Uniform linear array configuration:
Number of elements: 12
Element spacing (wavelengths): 1
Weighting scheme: blackman
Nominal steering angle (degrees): -60
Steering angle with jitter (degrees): -59.57
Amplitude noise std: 0.05
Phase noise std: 0.05

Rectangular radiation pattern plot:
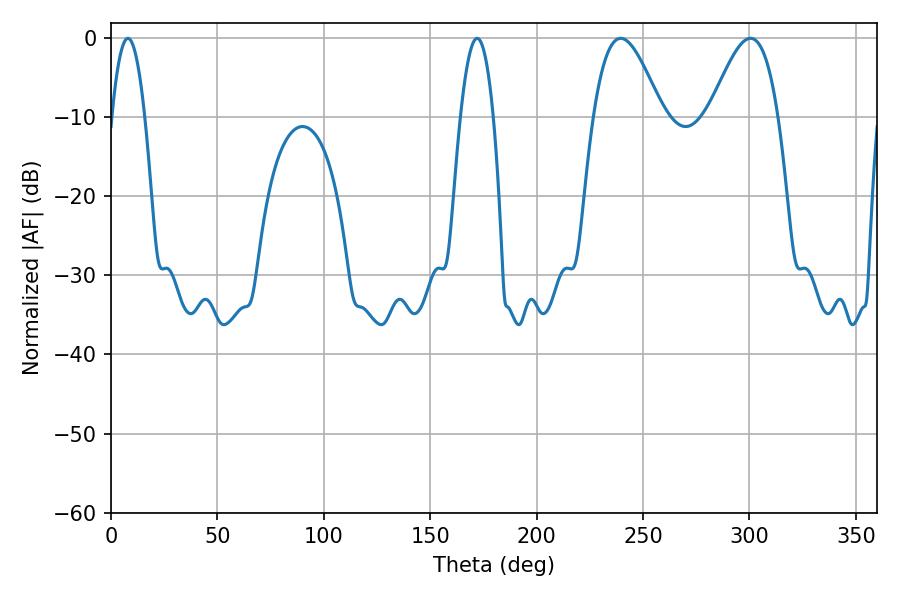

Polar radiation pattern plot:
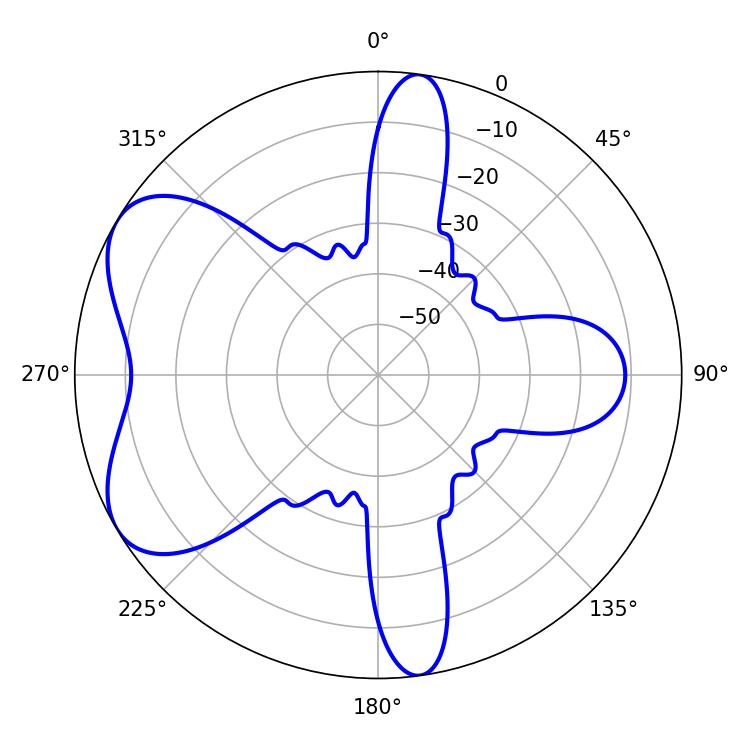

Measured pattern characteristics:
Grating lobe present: TRUE
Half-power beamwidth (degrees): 8.46
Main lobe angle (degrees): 7.92